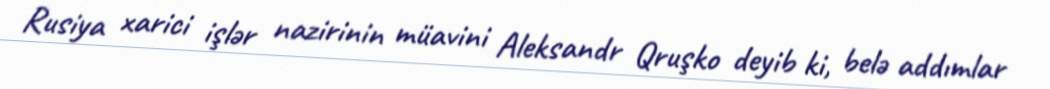
Rusiya xarici işlər nazirinin müavini Aleksandr Qruşko deyib ki, belə addımlar